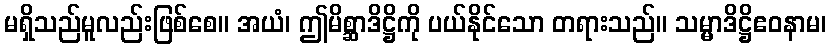
မရှိသည်မူလည်းဖြစ်စေ။ အယံ၊ ဤမိစ္ဆာဒိဋ္ဌိကို ပယ်နိုင်သော တရားသည်။ သမ္မာဒိဋ္ဌိဧဝနာမ၊